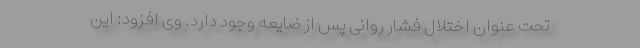
تحت عنوان اختلال فشار روانی پس از ضایعه وجود دارد. وی افزود: این